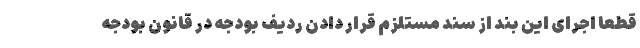
قطعا اجرای این بند از سند مستلزم قرار دادن ردیف بودجه در قانون بودجه